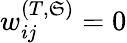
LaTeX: w_{ij}^{(T,\mathfrak{S})}=0